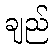
ချည်